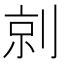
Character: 剠